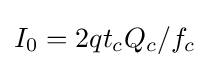
I_{0}=2qt_{c}Q_{c}/f_{c}